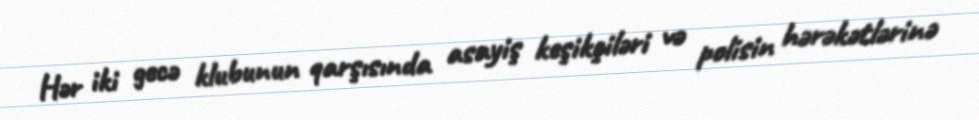
Hər iki gecə klubunun qarşısında asayiş keşikçiləri və polisin hərəkətlərinə